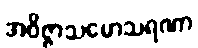
အဝိဇ္ဇာသမောသရဏာ